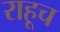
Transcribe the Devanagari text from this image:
राहूच